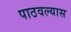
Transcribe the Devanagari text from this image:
पाठवल्‍यास